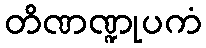
တိဏဏ္ဍုပကံ